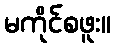
မကိုင်စဖူး။